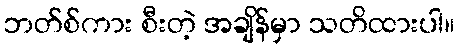
ဘတ်စ်ကား စီးတဲ့ အချိန်မှာ သတိထားပါ။